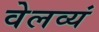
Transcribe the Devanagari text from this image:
वेलव्यं